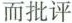
而批评